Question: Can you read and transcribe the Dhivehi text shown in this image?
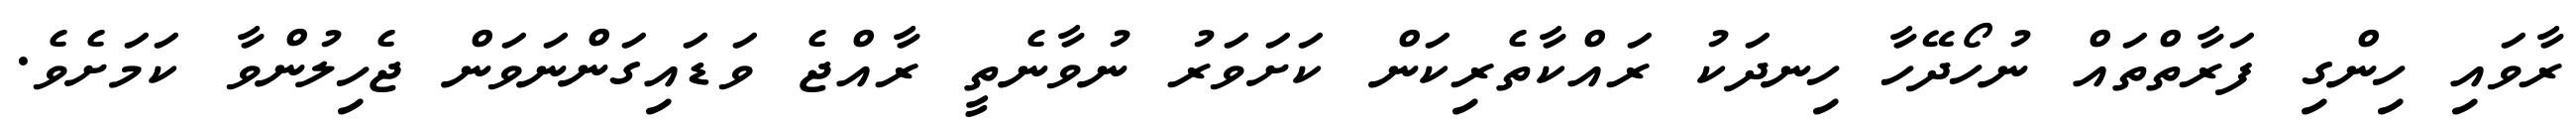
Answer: ރާވައި ހިންގި ފަރާތްތައް ނުހޯދޭހާ ހިނދަކު ރައްކާތެރިކަން ކަށަވަރު ނުވާނެތީ ރާއްޖެ ވަޑައިގަންނަވަން ޖެހިލުންވާ ކަމަށެވެ.